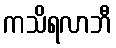
ကသိရလာဘီ